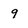
Character: 9